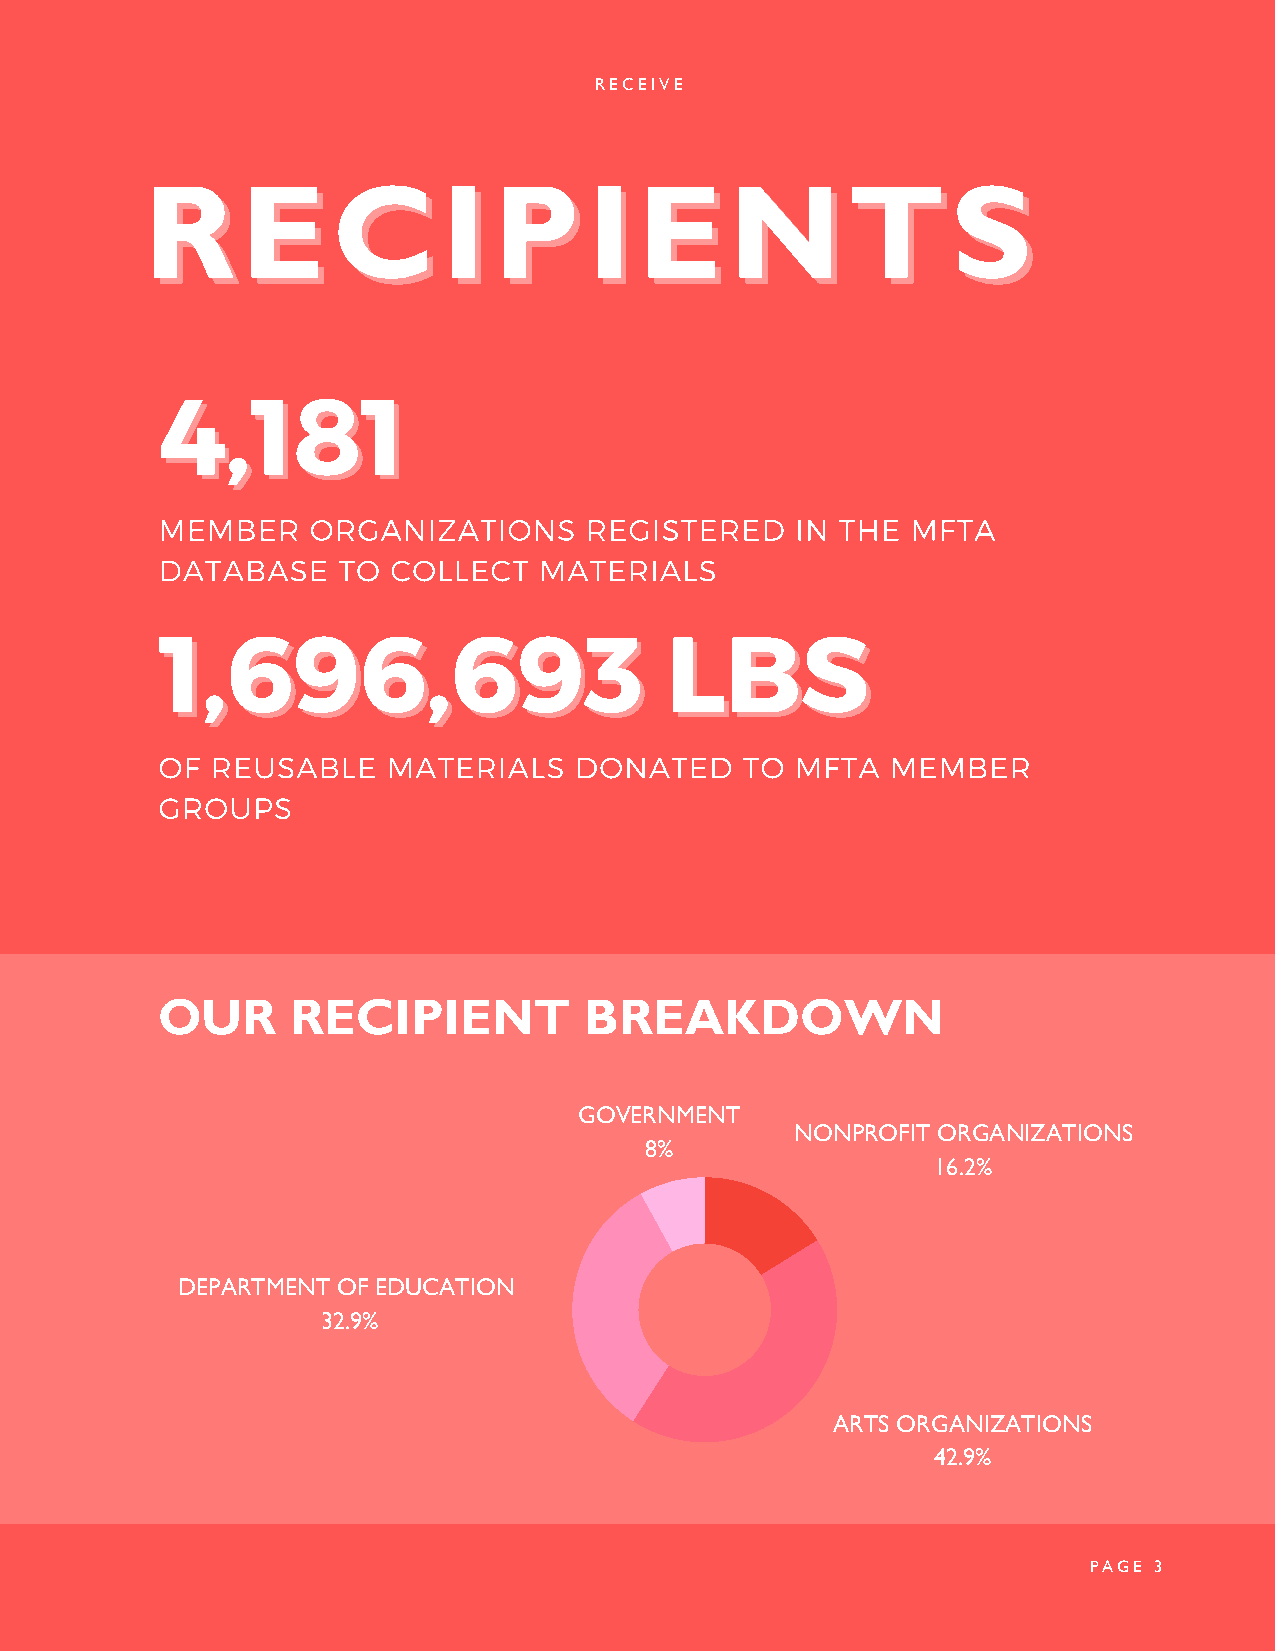
RECEIVE
 RREECCIIPPIIEENNTTSS
 44,,118811
 MEMBER     ORGANIZATIONS     REGISTERED    IN THE MFTA
 DATABASE    TO  COLLECT   MATERIALS
 11,,669966,,669933                LLBBSS
 OF  REUSABLE    MATERIALS   DONATED    TO  MFTA  MEMBER
 GROUPS
 OUR      RECIPIENT           BREAKDOWN
 GOVERNMENT
 NONPROFIT ORGANIZATIONS
 8%
 16.2%
 DEPARTMENT OF EDUCATION
 32.9%
 ARTS ORGANIZATIONS
 42.9%
 PAGE 3